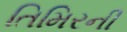
તિમિરની